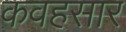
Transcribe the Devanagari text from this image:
कवहसार